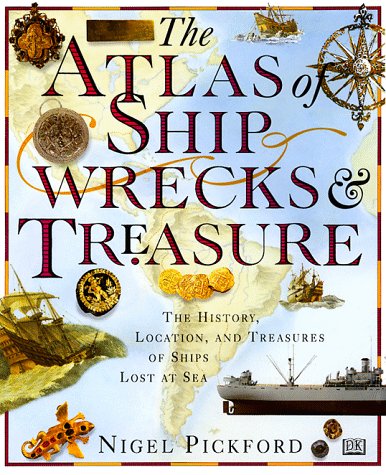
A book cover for The Atlas of Shipwrecks & Treasure: The History, Location, and Treasures of Ships Lost at Sea; Nigel Pickford; Arts & Photography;